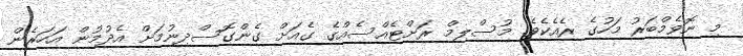
މި ނޮވެމްބަރު މަހުގެ ރެއެކެވެ. މުސްލިމް ރަށްޓެއްސެއްގެ ގެއަށް ގެންގޮސްދިނުމަށް އެދުމުން އަހަރެން